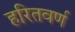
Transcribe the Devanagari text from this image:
हरितवर्ण